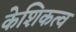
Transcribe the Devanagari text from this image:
केशिकत्व